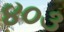
૪૦૩